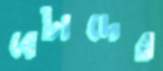
বেটাদের